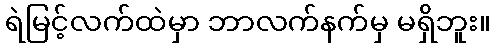
ရဲမြင့်လက်ထဲမှာ ဘာလက်နက်မှ မရှိဘူး။